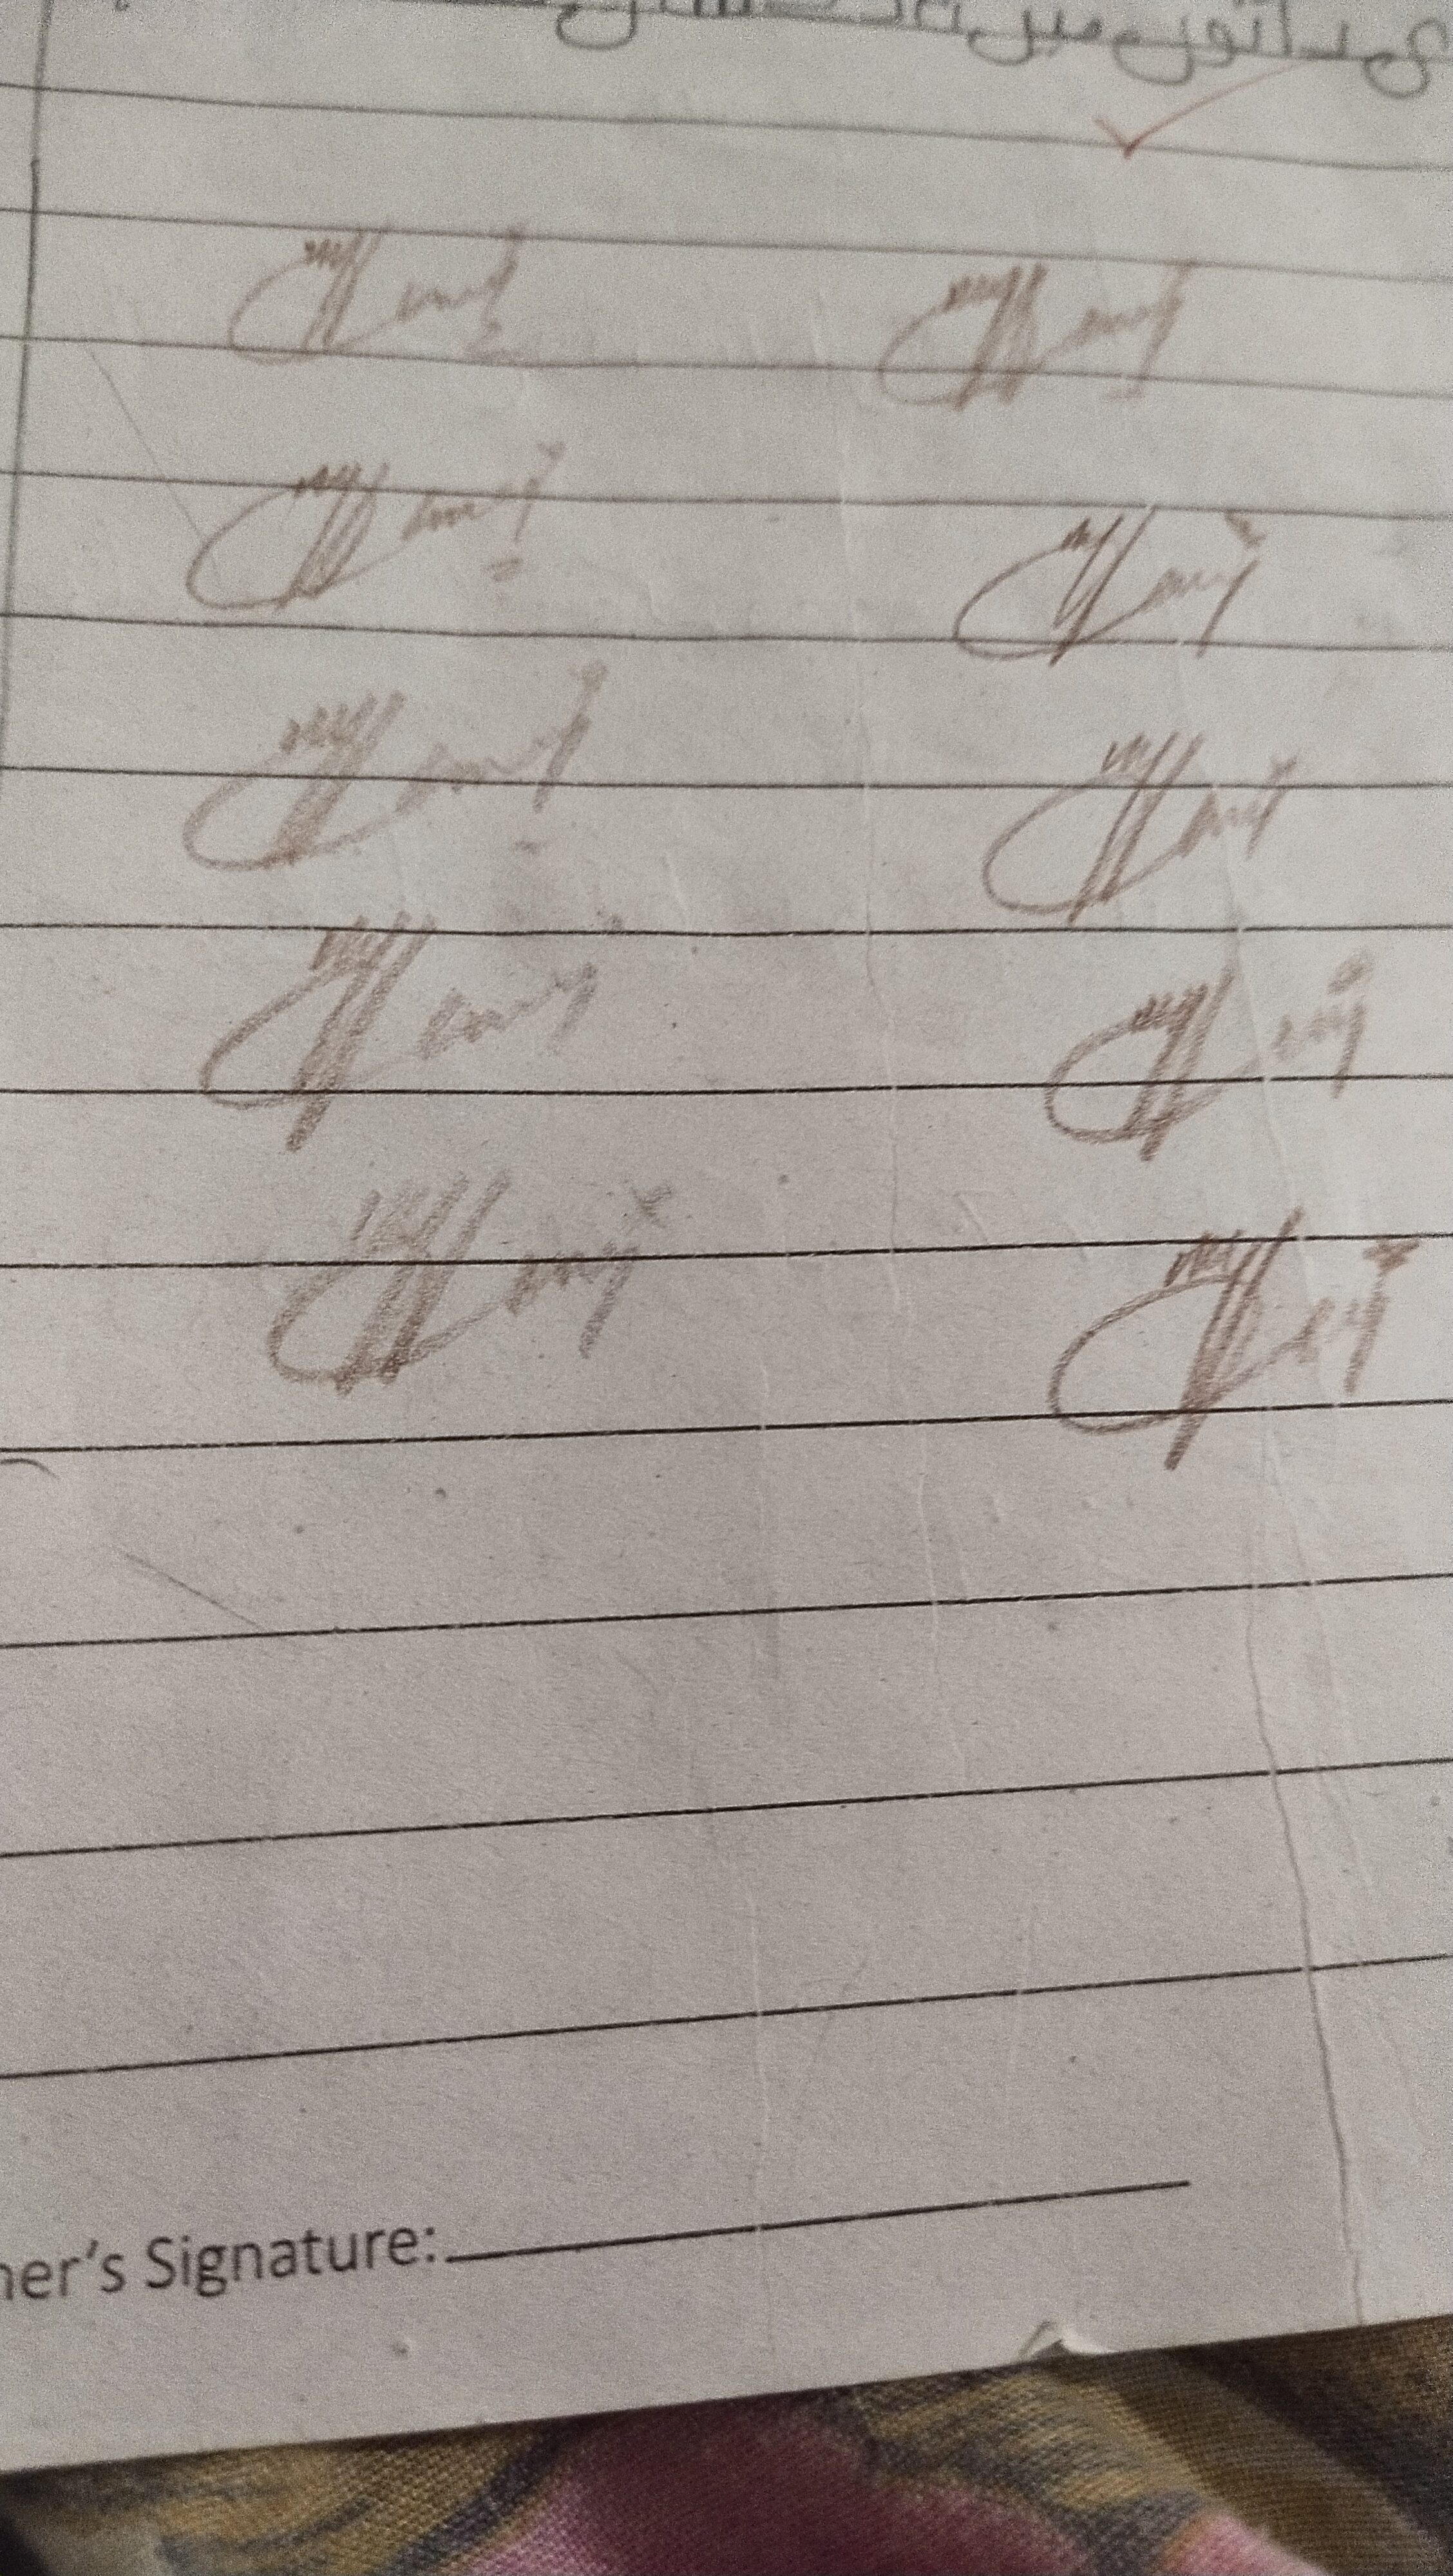
Signature authenticity: genuine